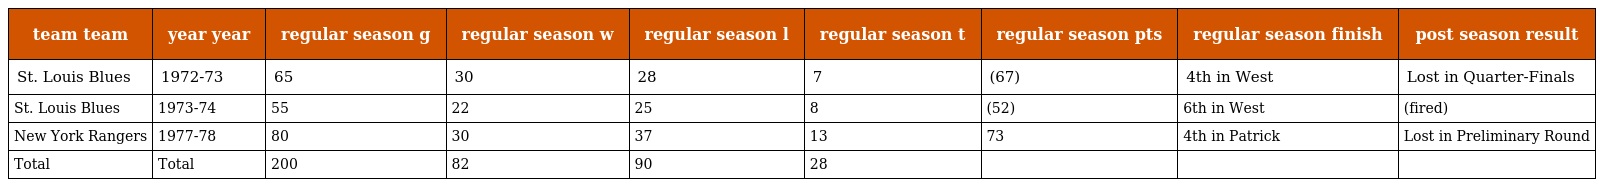
| team team | year year | regular season g | regular season w | regular season l | regular season t | regular season pts | regular season finish | post season result |
 | --- | --- | --- | --- | --- | --- | --- | --- | --- |
 | St. Louis Blues | 1972-73 | 65 | 30 | 28 | 7 | (67) | 4th in West | Lost in Quarter-Finals |
 | St. Louis Blues | 1973-74 | 55 | 22 | 25 | 8 | (52) | 6th in West | (fired) |
 | New York Rangers | 1977-78 | 80 | 30 | 37 | 13 | 73 | 4th in Patrick | Lost in Preliminary Round |
 | Total | Total | 200 | 82 | 90 | 28 |  |  |  |